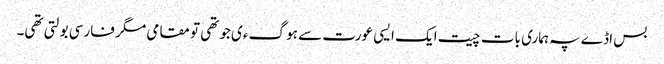
بس اڈے پہ ہماری بات چیت ایک ایسی عورت سے ہو گءی جو تھی تو مقامی مگر فارسی بولتی تھی۔